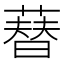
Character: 𦻘